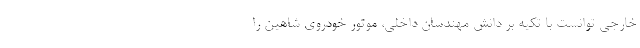
خارجي توانست با تكيه بر دانش مهندسان داخلي، موتور خودروي شاهين را